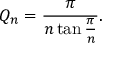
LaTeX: Q _ { n } = { \frac { \pi } { n \tan { \frac { \pi } { n } } } } .